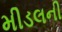
મીડલની